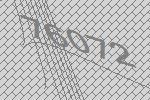
76072